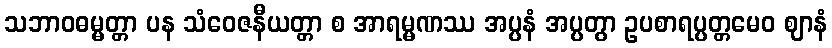
သဘာဝဓမ္မတ္တာ ပန သံဝေဇနီယတ္တာ စ အာရမ္မဏဿ အပ္ပနံ အပ္ပတွာ ဥပစာရပ္ပတ္တမေဝ ဈာနံ